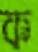
ক